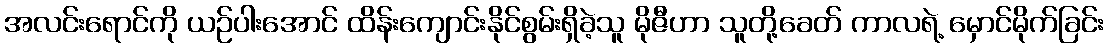
အလင်းရောင်ကို ယဉ်ပါးအောင် ထိန်းကျောင်းနိုင်စွမ်းရှိခဲ့သူ မိုဇီဟာ သူတို့ခေတ် ကာလရဲ့ မှောင်မိုက်ခြင်း